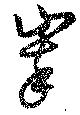
崒